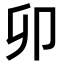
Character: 卯